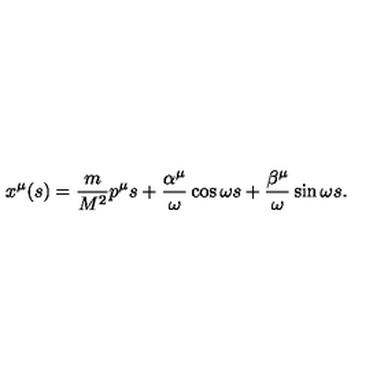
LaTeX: x ^ { \mu } ( s ) = \frac { m } { M ^ { 2 } } p ^ { \mu } s + \frac { \alpha ^ { \mu } } { \omega } \cos \omega s + \frac { \beta ^ { \mu } } { \omega } \sin \omega s .